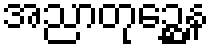
အညာတုဉ္ဆေန